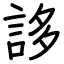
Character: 誃